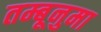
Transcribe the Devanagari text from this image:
तम्बूनुमा